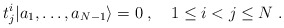
\begin{align*} t^i_j|a_1,\ldots,a_{N-1}\rangle =0\;, \quad 1\leq i < j \leq N\;.\end{align*}